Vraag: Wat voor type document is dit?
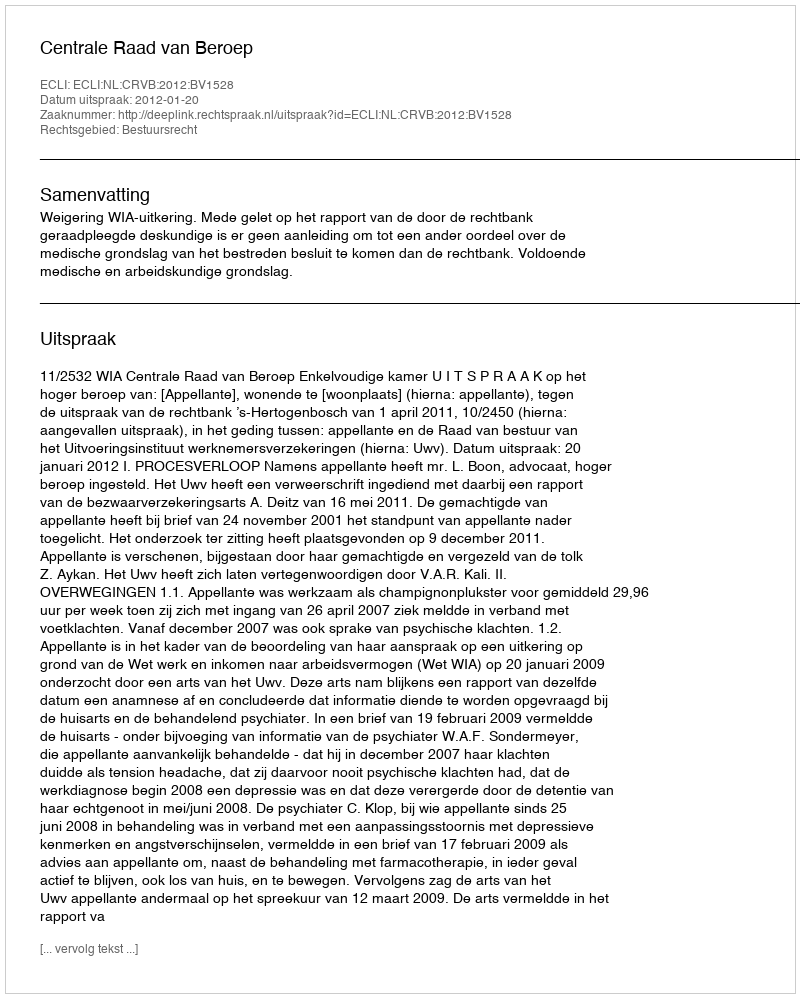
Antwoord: Uitspraak